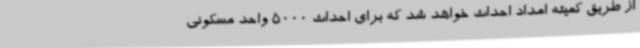
از طریق کمیته امداد احداث خواهد شد که برای احداث 5000 واحد مسکونی